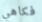
فكاهي